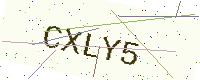
Text: CXLY5